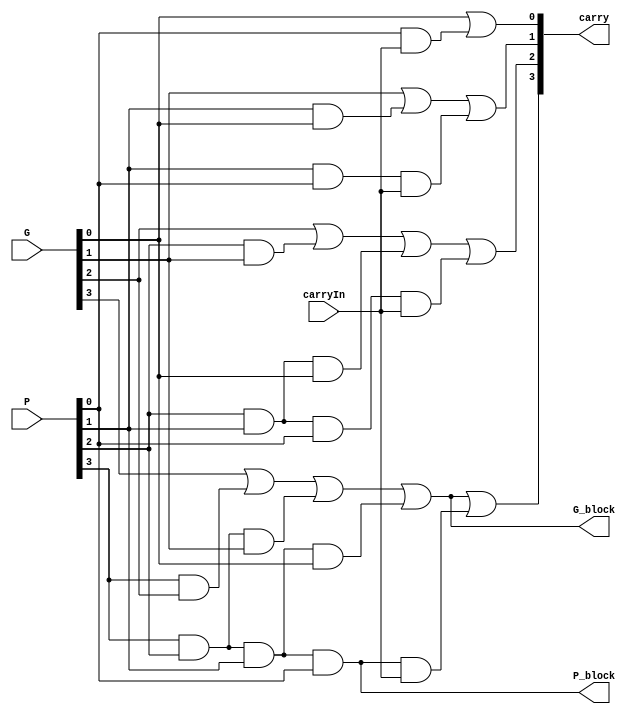
/*
 * Assignment	  : 1
 * Problem No.	: 2
 * Semester		  : Autumn 2021 
 * Group 		    : 46
 * Name1 		    : Neha Dalmia
 * RollNumber1 	: 19CS30055
 * Name2 		    : Rajat Bachhawat
 * RollNumber2 	: 19CS10073
 */

`timescale 1ns / 1ps

// Lookahead Carry Unit
module lookAheadCarryUnit(
  input carryIn,	    // input carry
  input [3:0] P,	    // block Propagates for each 4-bit block
  input [3:0] G,	    // block Generates for each 4-bit block
  output [4:1] carry,	// carry[1..4] : output carry of each 4-bit CLA block
  output P_block,	    // block Propagate for entire 16-bit block
  output G_block	    // block Generate for entire 16-bit block
  );

  wire carry0;
  /*
	Logic/Explanation
    
	carry[0] = input carry
	carry[i] = G[i-1] | (P[i-1] & carry[i-1]), 1 <= i <= 4
	
	More specifically, on expanding:

	carry[1] = G[0] | (P[0] & carry[0]) = G[0] | (P[0] & c_in)
	carry[2] = G[1] | (P[1] & carry[1]) = G[1] | (P[1] & G[0]) | (P[1] & P[0] & c_in)
	carry[3] = G[2] | (P[2] & carry[2]) = G[2] | (P[2] & G[1]) | (P[2] & P[1] & G[0]) | (P[2] & P[1] & P[0] & c_in)
	
	Also, we can calculate P and G for the entire 4-bit block like so (independent of carry[0]):

	P_block = P[3] & P[2] & P[1] & P[0]
	G_block = G[3] | (P[3] & G[2]) | (P[3] & P[2] & G[1]) | (P[3] & P[2] & P[1] & G[0])
    
  Now,
  carry[4] can be computed, using: G_block | (P_block & carry[0])
  */
  assign carry0 = carryIn;	// set carry0 to carryIn

  assign carry[1] = G[0] | (P[0] & carry0);
  assign carry[2] = G[1] | (P[1] & G[0]) | (P[1] & P[0] & carry0);
  assign carry[3] = G[2] | (P[2] & G[1]) | (P[2] & P[1] & G[0]) | (P[2] & P[1] & P[0] & carry0);

  assign P_block = P[3] & P[2] & P[1] & P[0];
  assign G_block = G[3] | (P[3] & G[2]) | (P[3] & P[2] & G[1]) | (P[3] & P[2] & P[1] & G[0]);

  assign carry[4] = G_block | (P_block & carry0);
endmodule // lookAheadCarryUnit